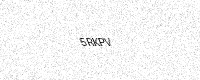
Text: 5RKPV